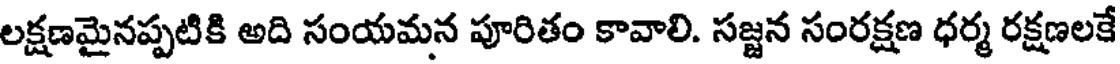
లక్షణమైనప్పటికి అది సంయమన పూరితం కావాలి. సజ్జన సంరక్షణ ధర్మ రక్షణలకే